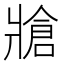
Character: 牄